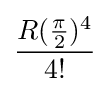
{\frac {R({\frac {\pi }{2}})^{4}}{4!}}